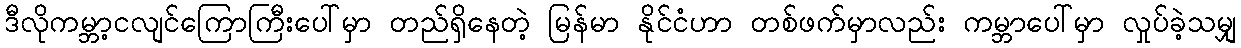
ဒီလိုကမ္ဘာ့ငလျင်ကြောကြီးပေါ်မှာ တည်ရှိနေတဲ့ မြန်မာ နိုင်ငံဟာ တစ်ဖက်မှာလည်း ကမ္ဘာပေါ်မှာ လှုပ်ခဲ့သမျှ